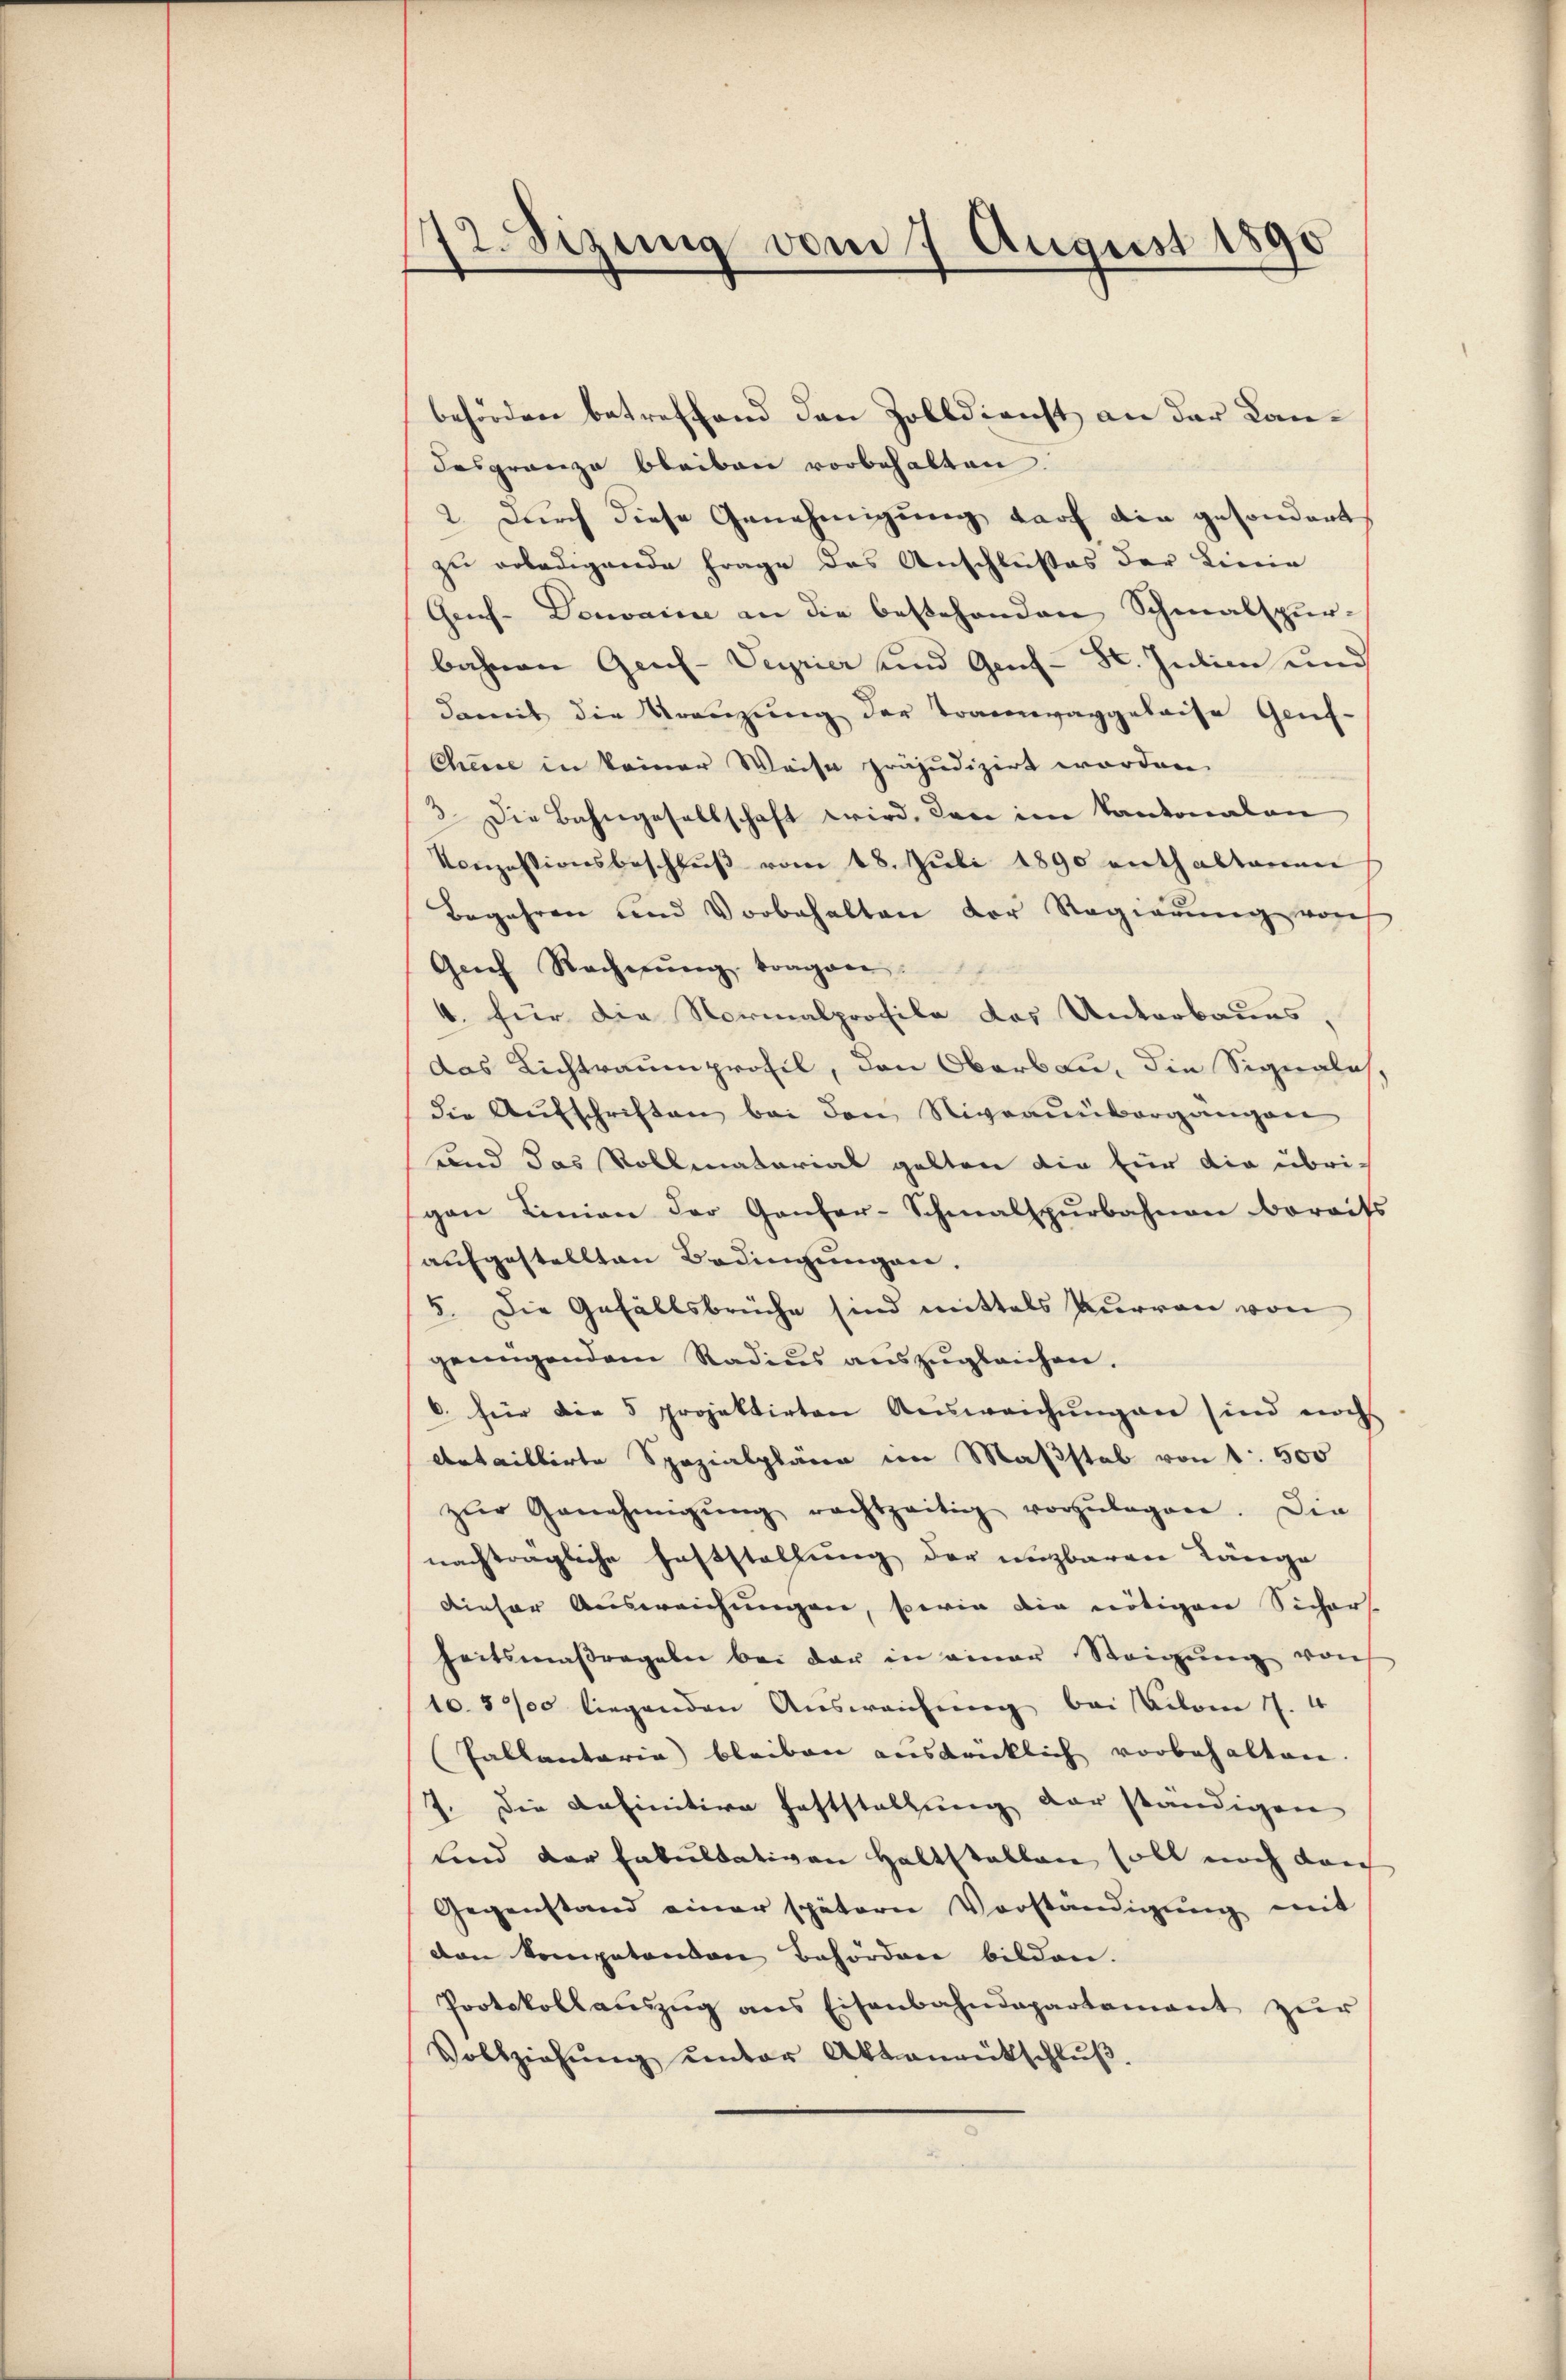
172. Sizung vom 7 August 1890

behörden betreffend den Zolldienst an der Kandasgrenze bleiben vorbehalten.
2. Durch diese Genehmigung darf die gesondert
zu erledigende Frage des Anschlußes der Linie
Genf. Domaine an die bestehenden Schmalspur-
bahnen Geneh-Veyrier und Gens- St. Julien und
damit die Kreuzung der Traunwaggeleise Genf-
Chance in keiner Weise präjudizirt worden.
3. Die Bahngesellschaft wird, den im Kantonalen
Konzessionsbeschlŭβ vom 18. Jŭli 1890 enthaltenen
Begehren und Vorbehalten der Regierung von
Geich Rechnŭng tragen.
4. für die Normalprofile das Unterbaues,
das Lichtraumprofil, den Obers zu, die Signales,
die Aufschriften bei den Nigraumbergangen
und das Rollmatorial gelten die für die übrigen Linien der Ganzer-Schmalspurbahnen bereifs
aufgestellten Bedingungen.
5. Die Gefällsbrüche sind mittels Kurren von
genügendem Radius aŭszŭgleichen.
6 hier die 5 projektirten Ausweichŭngen sind noch
Artaillirte Spezialpläne im Maßstab von 1 500
zŭr Genehmigŭng rechtzeitig vorzŭlegen. Die
nachträgliche Feststellung der unzbaren Länge
dieser Ausweichungen, sowie die nötigen Sichers.
heitsmaßregeln bei der in einer Steigŭng von
10. 3000 liegenden Ausweichung bei Kilom 17. 4
Pallantaria bleiben ausdrücklich vorbehalten.
7. Die Definitive Feststellung der ständigen
Lind der Fakultativen Haltstellen soll noch dach
Gegenstand einer spätern Vorständigung mit
den kompetenden Behörden bilden.
Protokollaŭszŭg ans Eisenbahndepartament zŭr
Vollziehŭng ŭnter Aktenrütschlŭβ